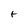
Character: t